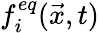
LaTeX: f_{i}^{eq}(\vec{x},t)